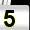
Digit: 5